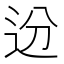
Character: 𬨟